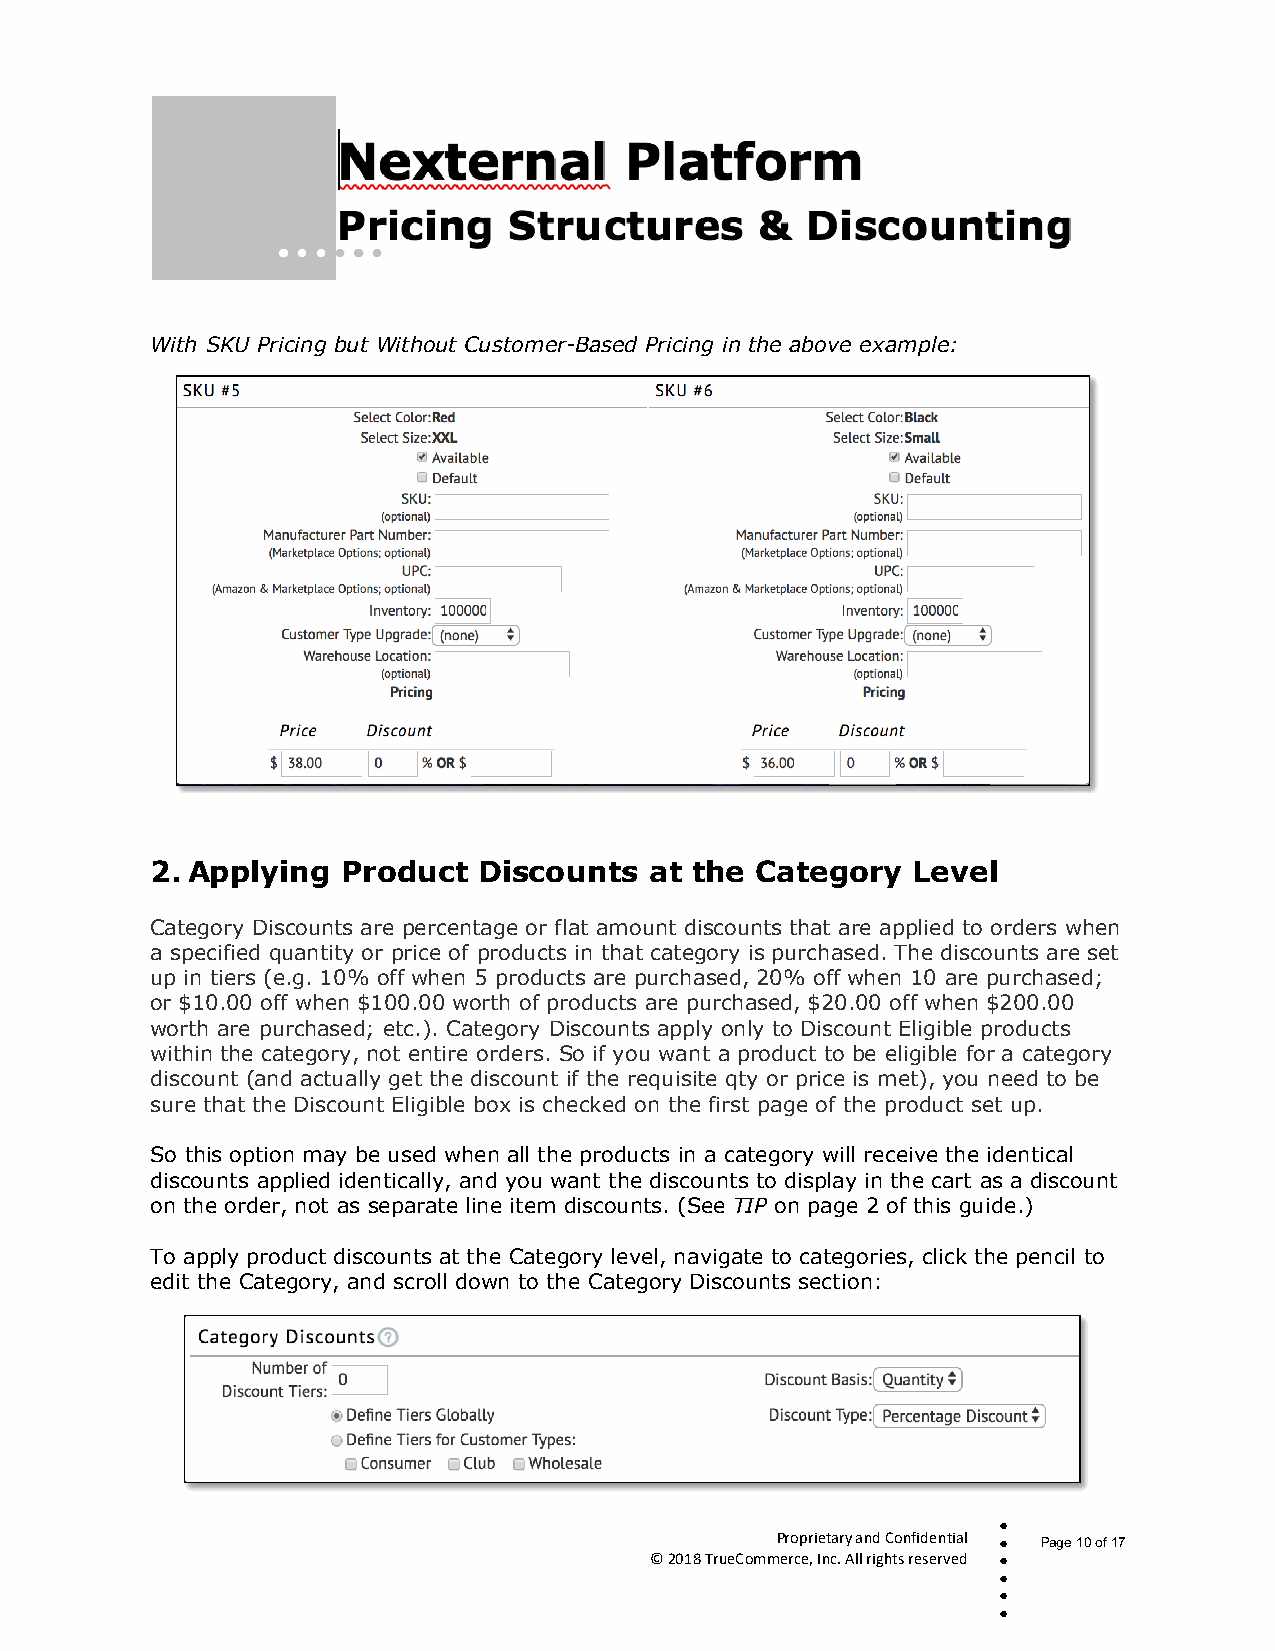
With SKU Pricing but Without Customer-Based Pricing in the above example:
 2. Applying  Product  Discounts  at the Category  Level
 Category Discounts are percentage or flat amount discounts that are applied to orders when
 a specified quantity or price of products in that category is purchased. The discounts are set
 up in tiers (e.g. 10% off when 5 products are purchased, 20% off when 10 are purchased;
 or $10.00 off when $100.00 worth of products are purchased, $20.00 off when $200.00
 worth are purchased; etc.). Category Discounts apply only to Discount Eligible products
 within the category, not entire orders. So if you want a product to be eligible for a category
 discount (and actually get the discount if the requisite qty or price is met), you need to be
 sure that the Discount Eligible box is checked on the first page of the product set up.
 So this option may be used when all the products in a category will receive the identical
 discounts applied identically, and you want the discounts to display in the cart as a discount
 on the order, not as separate line item discounts. (See TIP on page 2 of this guide.)
 To apply product discounts at the Category level, navigate to categories, click the pencil to
 edit the Category, and scroll down to the Category Discounts section:
 
 Proprietary and Confidential  Page 10 of 17
 © 2018 TrueCommerce, Inc. All rights reserved 
 
 
 